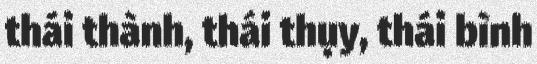
thái thành, thái thụy, thái bình